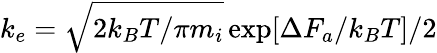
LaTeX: k_{e}=\sqrt{2k_{B}T/\pi m_{i}}\exp[\Delta F_{a}/k_{B}T]/2